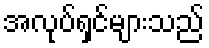
အလုပ်ရှင်များသည်